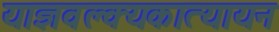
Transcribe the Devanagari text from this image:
याज्ञवल्क्यकात्यायन